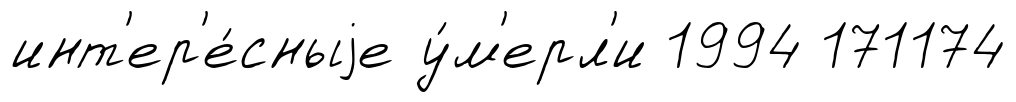
инт'ер'е́сныjе у́м'ерл'и 1994 171174